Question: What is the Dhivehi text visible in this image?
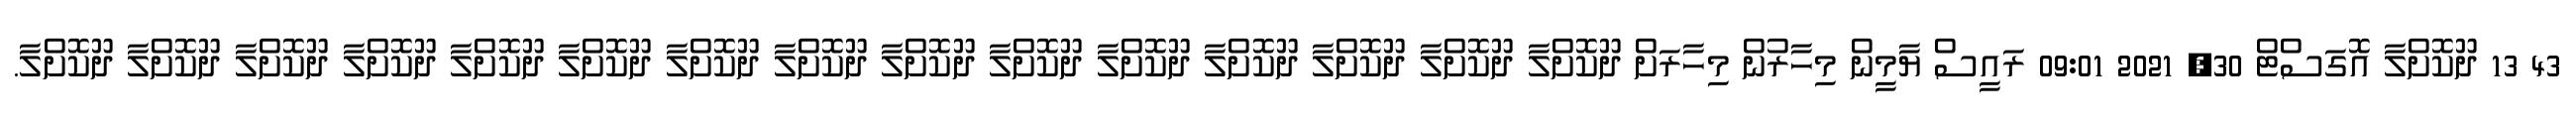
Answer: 43 13 ދޫކޮށްލާ އޮގަސްޓް 30, 2021 09:01 ރައީސް ޔާމީން މިހާރުން މިހާރަށް ދޫކޮށްލާ ދޫކޮށްލާ ދޫކޮށްލާ ދޫކޮށްލާ ދޫކޮށްލާ ދޫކޮށްލާ ދޫކޮށްލާ ދޫކޮށްލާ ދޫކޮށްލާ ދޫކޮށްލާ ދޫކޮށްލާ ދޫކޮށްލާ ދޫކޮށްލާ ދޫކޮށްލާ ދޫކޮށްލާ.